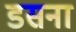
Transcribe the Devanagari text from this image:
डसना